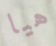
هيا